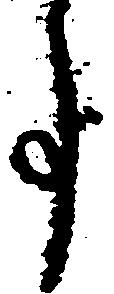
事